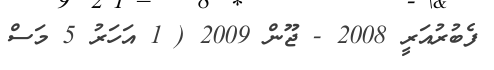
ފެބުރުއަރީ 2008 - ޖޫން 2009 ( 1 އަހަރު 5 މަސް